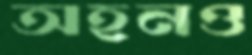
অহনও